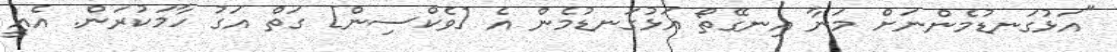
"އަޅުގަނޑުމެންނަށް މަނާ އިނގޭތޯ އަޅުގަނޑުމެން އެ [ވެކްސިން] ގަތް އަގު ހާމަކުރަން. އެއީ